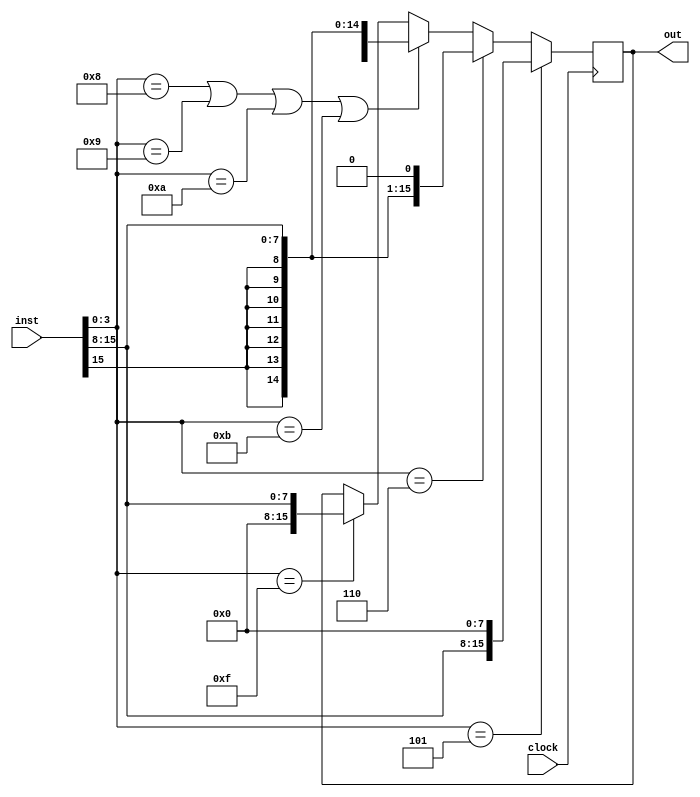
module single_cycle_imm_gen_component(clock, inst, out);

input clock;
input [15:0] inst;

output reg [15:0] out;

always @(posedge clock)
begin
    if (inst[3:0] == 4'b0101) begin
        out <= {{8{inst[15]}},inst[15:8]} << 8;
    end else if(inst[3:0] == 4'b0110) begin
        out <= {{8{inst[15]}},inst[15:8]} << 1;
    end else if (inst[3:0] == 4'b1000 ||
        inst[3:0] == 4'b1001 ||
        inst[3:0] == 4'b1010 ||
        inst[3:0] == 4'b1011) begin
        out <= {{8{inst[15]}},inst[15:8]};
	end else if (inst[3:0] == 4'b1111) begin
		out <={{8{0}}, inst[15:8]};
	end

end


endmodule